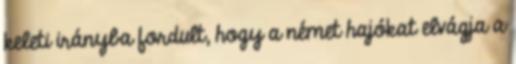
keleti irányba fordult, hogy a német hajókat elvágja a